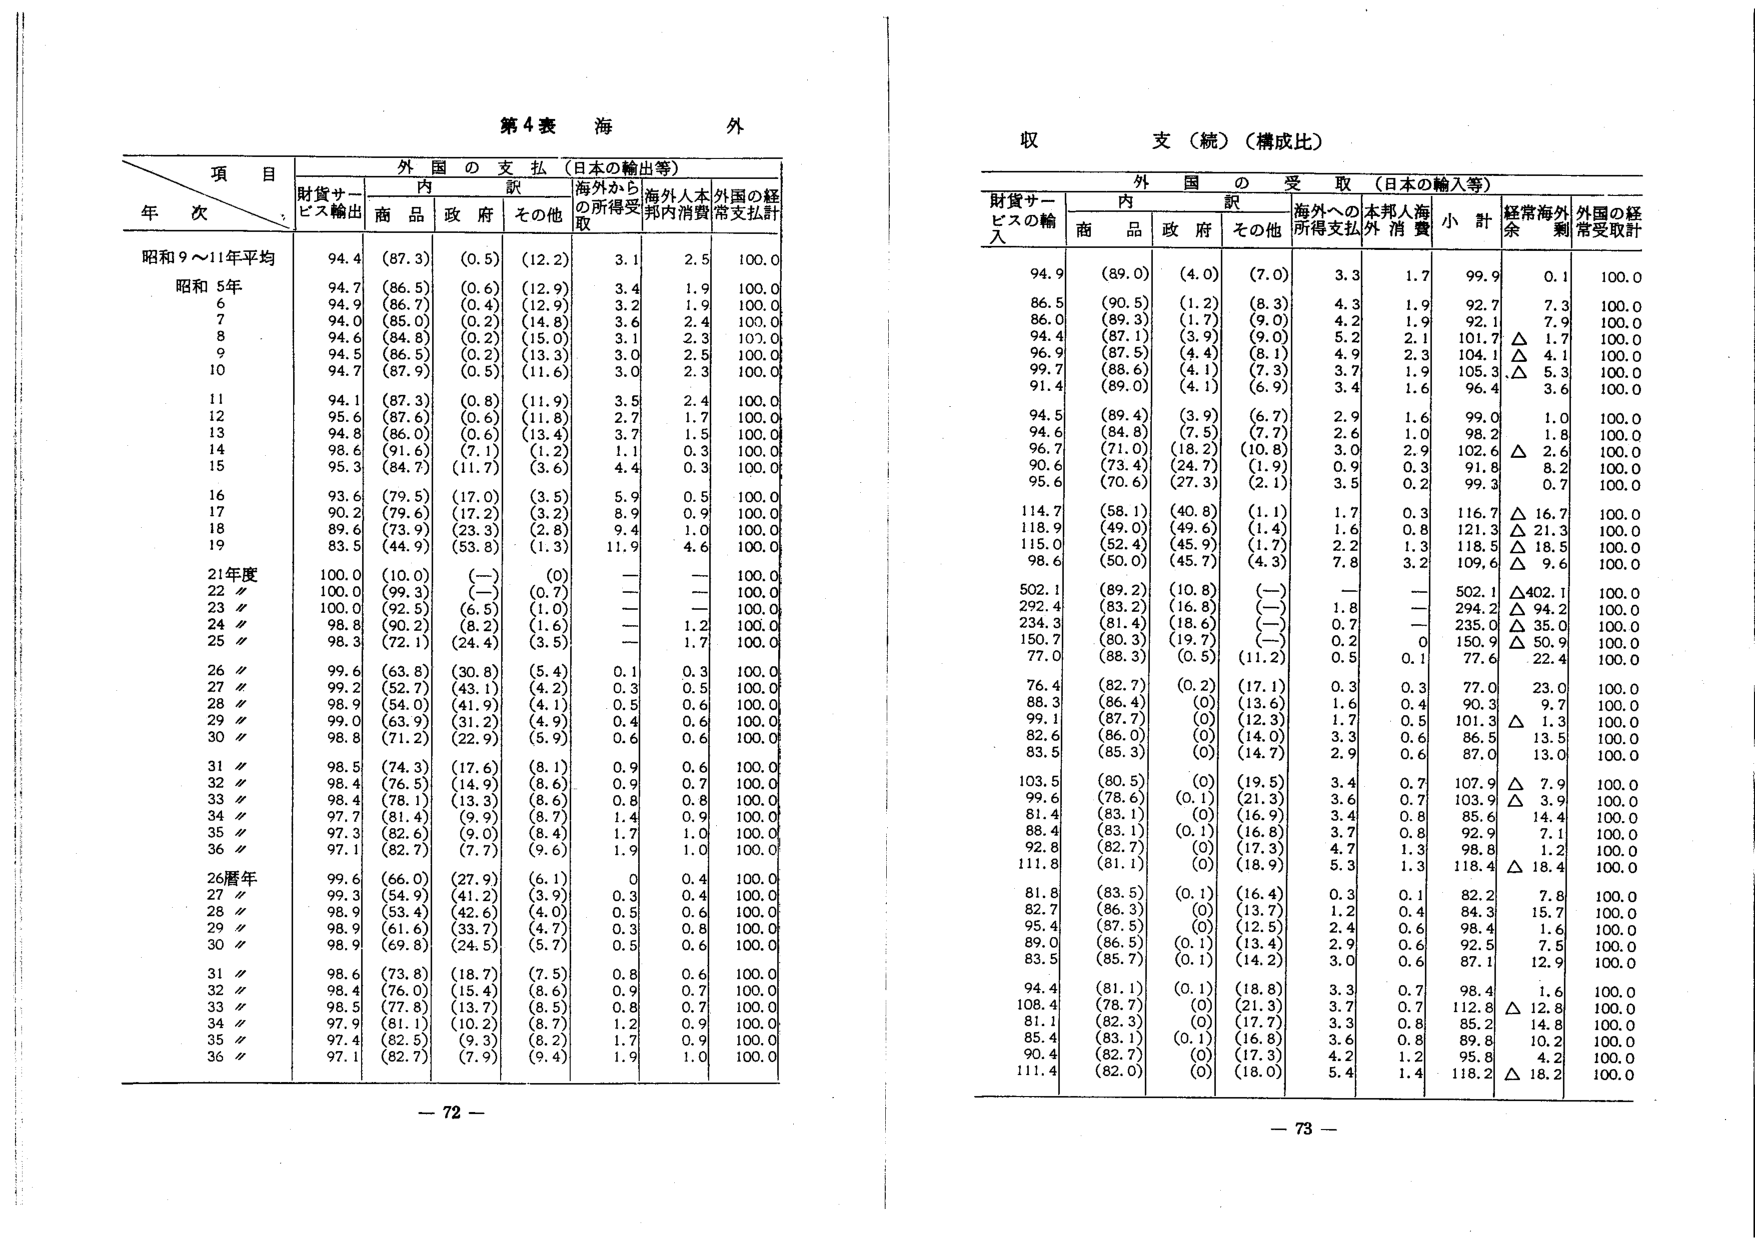
第4表 海外

収支（続）（構成比）

項 目
年 次
財貨サービス輸出
外国の支払（日本の輸出等）
内 訳
海外から
の所得受
取
海外人本
邦内消費
外国の経
常支払計
商品
政府
その他

昭和9～11年平均
94.4
(87.3)
(0.5)
(12.2)
3.1
2.5
100.0

昭和5年
94.7
(86.5)
(0.6)
(12.9)
3.4
1.9
100.0

6
94.9
(86.7)
(0.4)
(12.9)
3.2
1.9
100.0

7
94.0
(85.0)
(0.2)
(14.8)
3.6
2.4
100.0

8
94.6
(84.8)
(0.2)
(15.0)
3.1
2.3
100.0

9
94.5
(86.5)
(0.2)
(13.3)
3.0
2.5
100.0

10
94.7
(87.9)
(0.5)
(11.6)
3.0
2.3
100.0

11
94.1
(87.3)
(0.8)
(11.9)
3.5
2.4
100.0

12
95.6
(87.6)
(0.6)
(11.8)
2.7
1.7
100.0

13
94.8
(86.0)
(0.6)
(13.4)
3.7
1.5
100.0

14
98.6
(91.6)
(7.1)
(1.2)
1.1
0.3
100.0

15
95.3
(84.7)
(11.7)
(3.6)
4.4
0.3
100.0

16
93.6
(79.5)
(17.0)
(3.5)
5.9
0.5
100.0

17
90.2
(79.6)
(17.2)
(3.2)
8.9
0.9
100.0

18
89.6
(73.9)
(23.3)
(2.8)
9.4
1.0
100.0

19
83.5
(44.9)
(53.8)
(1.3)
11.9
4.6
100.0

21年度
100.0
(10.0)
(—)
(0)
—
—
100.0

22〃
100.0
(99.3)
(—)
(0.7)
—
—
100.0

23〃
100.0
(92.5)
(6.5)
(1.0)
—
—
100.0

24〃
98.8
(90.2)
(8.2)
(1.6)
—
1.2
100.0

25〃
98.3
(72.1)
(24.4)
(3.5)
—
1.7
100.0

26〃
99.6
(63.8)
(30.8)
(5.4)
0.1
0.3
100.0

27〃
99.2
(52.7)
(43.1)
(4.2)
0.3
0.5
100.0

28〃
98.9
(54.0)
(41.9)
(4.1)
0.5
0.6
100.0

29〃
99.0
(63.9)
(31.2)
(4.9)
0.4
0.6
100.0

30〃
98.8
(71.2)
(22.9)
(5.9)
0.6
0.6
100.0

31〃
98.5
(74.3)
(17.6)
(8.1)
0.9
0.6
100.0

32〃
98.4
(76.5)
(14.9)
(8.6)
0.9
0.7
100.0

33〃
98.4
(78.1)
(13.3)
(8.6)
0.8
0.8
100.0

34〃
97.7
(81.4)
(9.9)
(8.7)
1.4
0.9
100.0

35〃
97.3
(82.6)
(9.0)
(8.4)
1.7
1.0
100.0

36〃
97.1
(82.7)
(7.7)
(9.6)
1.9
1.0
100.0

26暦年
99.6
(66.0)
(27.9)
(6.1)
0
0.4
100.0

27〃
99.3
(54.9)
(41.2)
(3.9)
0.3
0.4
100.0

28〃
98.9
(53.4)
(42.6)
(4.0)
0.5
0.6
100.0

29〃
98.9
(61.6)
(33.7)
(4.7)
0.3
0.8
100.0

30〃
98.9
(69.8)
(24.5)
(5.7)
0.5
0.6
100.0

31〃
98.6
(73.8)
(18.7)
(7.5)
0.8
0.6
100.0

32〃
98.4
(76.0)
(15.4)
(8.6)
0.9
0.7
100.0

33〃
98.5
(77.8)
(13.7)
(8.5)
0.8
0.7
100.0

34〃
97.9
(81.1)
(10.2)
(8.7)
1.2
0.9
100.0

35〃
97.4
(82.5)
(9.3)
(8.2)
1.7
0.9
100.0

36〃
97.1
(82.7)
(7.9)
(9.4)
1.9
1.0
100.0

— 72 —

財貨サービスの輸入
外国の受取（日本の輸入等）
内 訳
海外への
所得支払
本邦人海
外消費
小 計
経常海外
剰余
外国の経
常受取計
商品
政府
その他

94.9
(89.0)
(4.0)
(7.0)
3.3
1.7
99.9
0.1
100.0

86.5
(90.5)
(1.2)
(8.3)
4.3
1.9
92.7
7.3
100.0

86.0
(89.3)
(1.7)
(9.0)
4.2
1.9
92.1
7.9
100.0

94.4
(87.1)
(3.9)
(9.0)
5.2
2.1
101.7
△ 1.7
100.0

96.9
(87.5)
(4.4)
(8.1)
4.9
2.3
104.1
△ 4.1
100.0

99.7
(88.6)
(4.1)
(7.3)
3.7
1.9
105.3
△ 5.3
100.0

91.4
(89.0)
(4.1)
(6.9)
3.4
1.6
96.4
3.6
100.0

94.5
(89.4)
(3.9)
(6.7)
2.9
1.6
99.0
1.0
100.0

94.6
(84.8)
(7.5)
(7.7)
2.6
1.0
98.2
1.8
100.0

96.7
(71.0)
(18.2)
(10.8)
3.0
2.9
102.6
△ 2.6
100.0

90.6
(73.4)
(24.7)
(1.9)
0.9
0.3
91.8
8.2
100.0

95.6
(70.6)
(27.3)
(2.1)
3.5
0.2
99.3
0.7
100.0

114.7
(58.1)
(40.8)
(1.1)
1.7
0.3
116.7
△ 16.7
100.0

118.9
(49.0)
(49.6)
(1.4)
1.6
0.8
121.3
△ 21.3
100.0

115.0
(52.4)
(45.9)
(1.7)
2.2
1.3
118.5
△ 18.5
100.0

98.6
(50.0)
(45.7)
(4.3)
7.8
3.2
109.6
△ 9.6
100.0

502.1
(89.2)
(10.8)
(—)
—
—
502.1
△402.1
100.0

292.4
(83.2)
(16.8)
(—)
1.8
—
294.2
△ 94.2
100.0

234.3
(81.4)
(18.6)
(—)
0.7
—
235.0
△ 35.0
100.0

150.7
(80.3)
(19.7)
(—)
0.2
0
150.9
△ 50.9
100.0

77.0
(88.3)
(0.5)
(11.2)
0.5
0.1
77.6
22.4
100.0

76.4
(82.7)
(0.2)
(17.1)
0.3
0.3
77.0
23.0
100.0

88.3
(86.4)
(0)
(13.6)
1.6
0.4
90.3
9.7
100.0

99.1
(87.7)
(0)
(12.3)
1.7
0.5
101.3
△ 1.3
100.0

82.6
(86.0)
(0)
(14.0)
3.3
0.6
86.5
13.5
100.0

83.5
(85.3)
(0)
(14.7)
2.9
0.6
87.0
13.0
100.0

103.5
(80.5)
(0)
(19.5)
3.4
0.7
107.9
△ 7.9
100.0

99.6
(78.6)
(0.1)
(21.3)
3.6
0.7
103.9
△ 3.9
100.0

81.4
(83.1)
(0)
(16.9)
3.4
0.8
85.6
14.4
100.0

88.4
(83.1)
(0.1)
(16.8)
3.7
0.8
92.9
7.1
100.0

92.8
(82.7)
(0)
(17.3)
4.7
1.3
98.8
1.2
100.0

111.8
(81.1)
(0)
(18.9)
5.3
1.3
118.4
△ 18.4
100.0

81.8
(83.5)
(0.1)
(16.4)
0.3
0.1
82.2
7.8
100.0

82.7
(86.3)
(0)
(13.7)
1.2
0.4
84.3
15.7
100.0

95.4
(87.5)
(0)
(12.5)
2.4
0.6
98.4
1.6
100.0

89.0
(86.5)
(0.1)
(13.4)
2.9
0.6
92.5
7.5
100.0

83.5
(85.7)
(0.1)
(14.2)
3.0
0.6
87.1
12.9
100.0

94.4
(81.1)
(0.1)
(18.8)
3.3
0.7
98.4
1.6
100.0

108.4
(78.7)
(0)
(21.3)
3.7
0.7
112.8
△ 12.8
100.0

81.1
(82.3)
(0)
(17.7)
3.3
0.8
85.2
14.8
100.0

85.4
(83.1)
(0.1)
(16.8)
3.6
0.8
89.8
10.2
100.0

90.4
(82.7)
(0)
(17.3)
4.2
1.2
95.8
4.2
100.0

111.4
(82.0)
(0)
(18.0)
5.4
1.4
118.2
△ 18.2
100.0

— 73 —